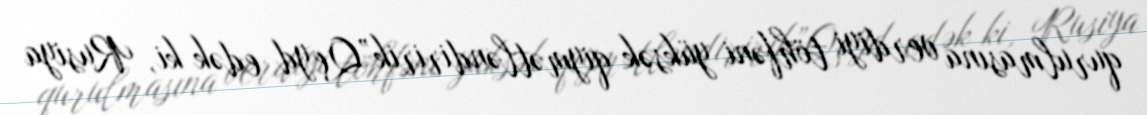
qurulmasına verdiyi töhfəni yüksək qiymətləndiririk”Qeyd edək ki, Rusiya